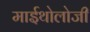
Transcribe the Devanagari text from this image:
माईथोलोजी